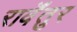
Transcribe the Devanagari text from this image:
रार्वेंतुर